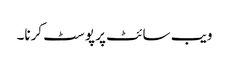
ویب سائٹ پر پوسٹ کرنا۔